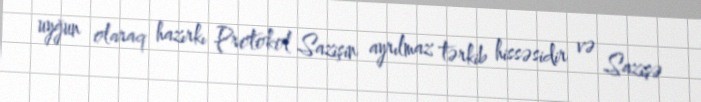
uyğun olaraq hazırkı Protokol Sazişin ayrılmaz tərkib hissəsidir və Sazişə